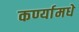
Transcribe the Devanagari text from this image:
कर्ण्यामधे